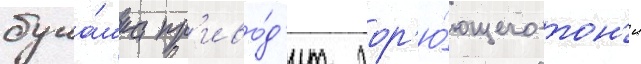
бука́шка пр'иво́д'ит гор'ю́ющего тон'и